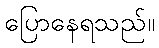
ပြောနေရသည်။